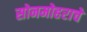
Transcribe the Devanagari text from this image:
सोनमोहराचे